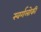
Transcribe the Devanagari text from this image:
स्वर्गलोकी